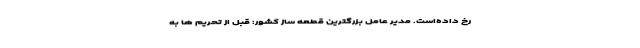
رخ داده‌است. مدیر عامل بزرگترین قطعه ساز کشور: قبل از تحریم ها به